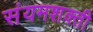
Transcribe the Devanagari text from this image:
संयमशक्ती